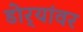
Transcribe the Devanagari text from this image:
डोर्‍यांवर